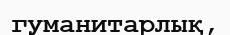
гуманитарлық,